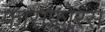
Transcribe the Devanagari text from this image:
फासफ़ोरस